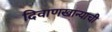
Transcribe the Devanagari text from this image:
दिवाणखान्याची